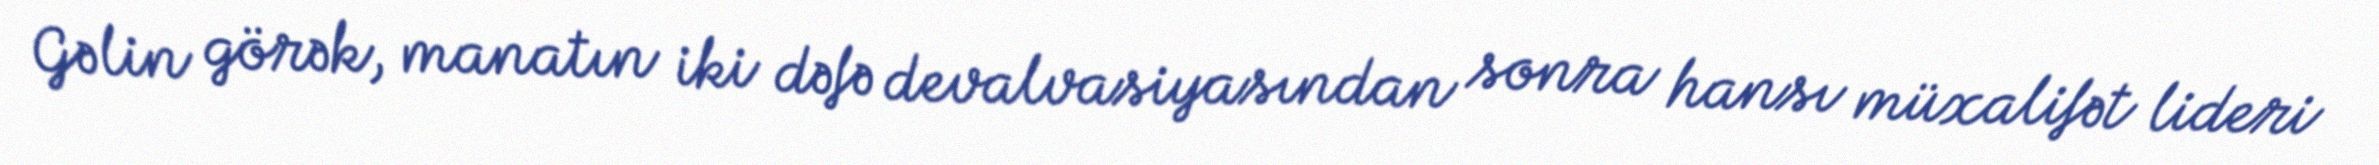
Gəlin görək, manatın iki dəfə devalvasiyasından sonra hansı müxalifət lideri